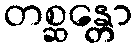
တစ္ဆန္တော